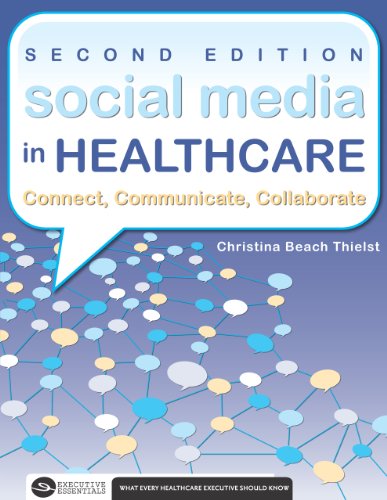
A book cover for Social Media in Healthcare: Connect, Communicate, Collaborate, 2nd Edition; Christina Beach Thielst; Medical Books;